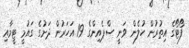
ފޯޓޯގެ އިތުރުން ހުލެން ވަނީ ސްޕެއިންގެ 19 އަހަރުން ދަށުގެ ގައުމީ ޓީމާއި